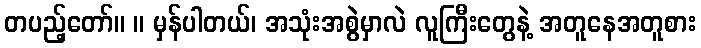
တပည့်တော်။ ။ မှန်ပါတယ်၊ အသုံးအစွဲမှာလဲ လူကြီးတွေနဲ့ အတူနေအတူစား